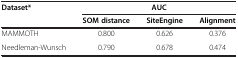
| Dataset* | <COLSPAN=3> AUC |
 |  | SOM distance | SiteEngine | Alignment |
 | --- | --- | --- | --- |
 | MAMMOTH | 0.800 | 0.626 | 0.376 |
 | Needleman-Wunsch | 0.790 | 0.678 | 0.474 |